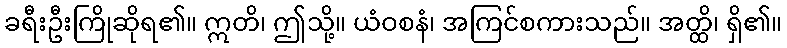
ခရီးဦးကြိုဆိုရ၏။ ဣတိ၊ ဤသို့။ ယံဝစနံ၊ အကြင်စကားသည်။ အတ္ထိ၊ ရှိ၏။